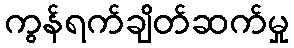
ကွန်ရက်ချိတ်ဆက်မှု